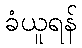
ခံယူရန်